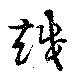
越